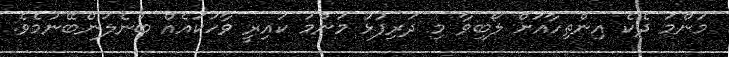
މަންމަ ދެކެ އިންތިހާއަށް ލޯބިވާ މި ދަރިފުޅު މަންމަ ކައިރީ ވާހަކައެއް ބުނެލަންބޭނުމެވެ.